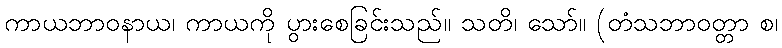
ကာယဘာဝနာယ၊ ကာယကို ပွားစေခြင်းသည်။ သတိ၊ သော်။ (တံသဘာဝတ္တာ စ၊